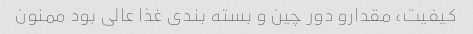
کیفیت، مقدارو دور چین و بسته بندی غذا عالی بود ممنون